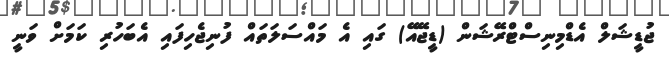
ޖުޑީޝަލް އެޑްމިނިސްޓްރޭޝަން (ޑީޖޭއޭ) ގައި އެ މައްސަލަތައް ފުނިޖެހިފައި އެބަހުރި ކަމަށް ވަނީ